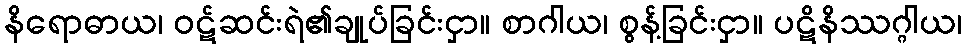
နိရောဓာယ၊ ဝဋ်ဆင်းရဲ၏ချုပ်ခြင်းငှာ။ စာဂါယ၊ စွန့်ခြင်းငှာ။ ပဋိနိဿဂ္ဂါယ၊